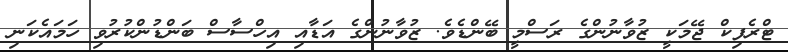
ޓްރެފިކް ޖޭމަކީ ޒުވާނުންގެ ރަސްމީ ބޭންޑެވެ. ޒުވާނުންގެ އަޑާއި އިހްސާސް ބަންޑުންކުރުވި ހަމައެކަނި